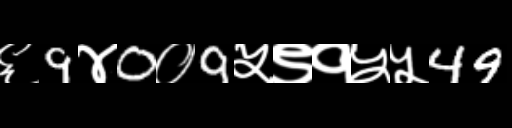
Text: ६9४0०9५९१५५49